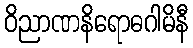
ဝိညာဏနိရောဓဂါမိနီ